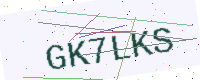
Text: GK7LKS